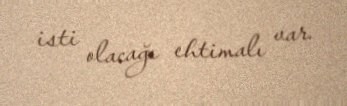
isti olacağı ehtimalı var.